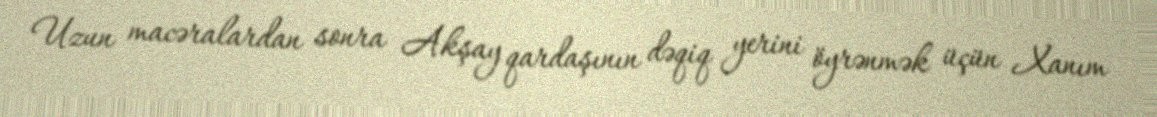
Uzun macəralardan sonra Akşay qardaşının dəqiq yerini öyrənmək üçün Xanım